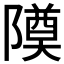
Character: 𬯚